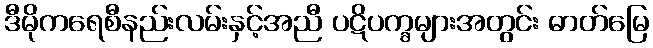
ဒီမိုကရေစီနည်းလမ်းနှင့်အညီ ပဋိပက္ခများအတွင်း ဓာတ်မြေ